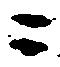
ニ